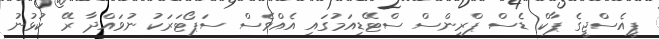
ޕީއެސްޖީގެ ޕާކް ޑެސް ޕްރިންސް ސްޓޭޑިއަމުގައި އެއްވެސް ސަޕޯޓަރަކު ނުވައްދާ ރޭ ކުޅުނު